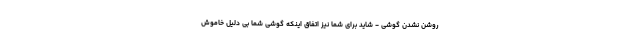
روشن نشدن گوشی - شاید برای شما نیز اتفاق اینکه گوشی شما بی دلیل خاموش